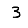
Digit: 3